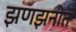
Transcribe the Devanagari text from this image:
झणझनीत